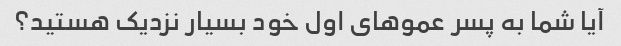
آیا شما به پسر عموهای اول خود بسیار نزدیک هستید؟